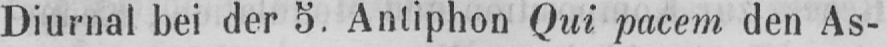
Diurnal bei der 5. Antiphon Qui pacem den As-